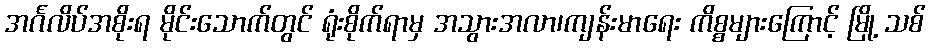
အင်္ဂလိပ်အစိုးရ မိုင်းသောက်တွင် ရုံးစိုက်ရာမှ အသွားအလာ၊ကျန်းမာရေး ကိစ္စများကြောင့် မြို့ သစ်